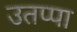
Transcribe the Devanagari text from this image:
उतप्पा